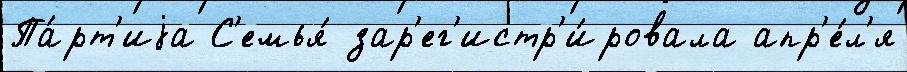
Па́рт'иjа С'емья́ зар'ег'истр'и́ровала апр'е́л'я